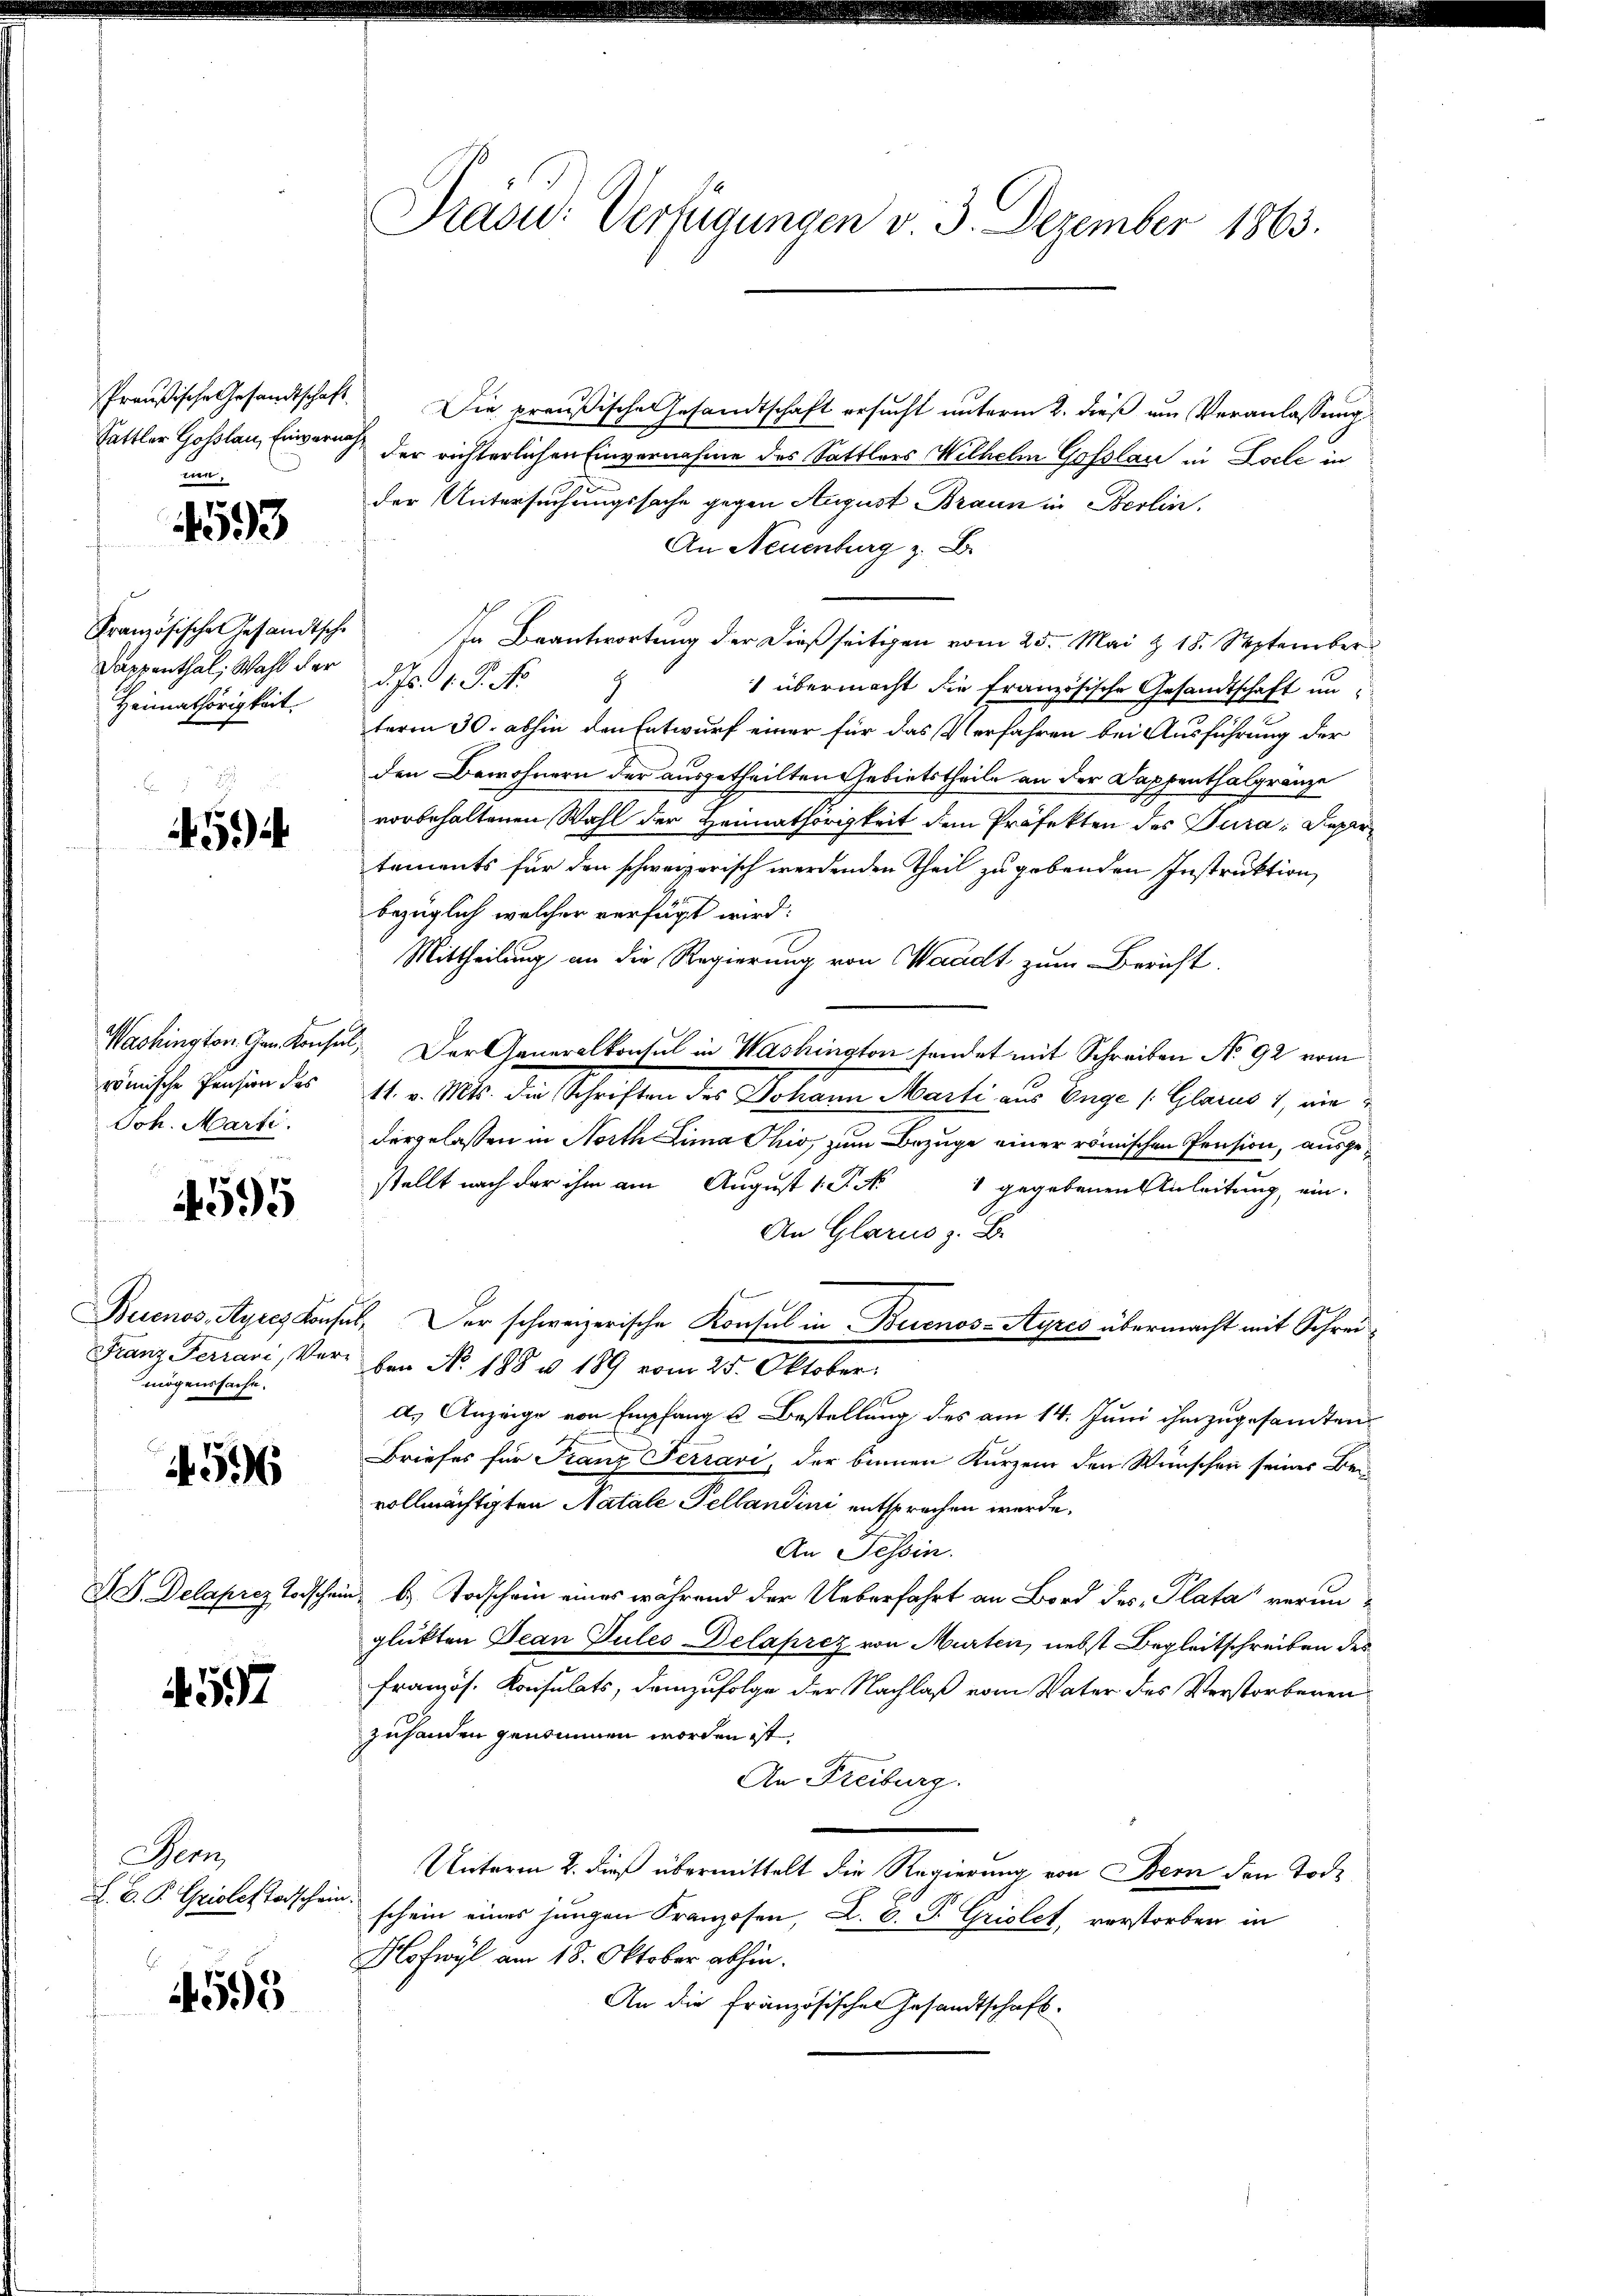
Preußische Gesandtschaft
Sattler Goslau, Einvernahe

593

Französische Gesandtsche
Darpenthal, Wahl der d. Js. 1. P. No
Heimathörigkeit.

594

römische Pension des
Joh. Marti

4595

mögenssache.

4596

557

Sem
F. B. P. Griolet Todschein.

E
4595

Brasi: Verfügungen v. 3. Dezember 1863.

Die preußische Gesandtschaft ersucht unterm 2. dieß um Veranlassung
der richterlichen Einvernahme des Sattlers Wilhelm Gofslau in Docle in
der Untersuchungssache gegen August Braun in Berlin.
An Neuenburg z. B.
In Beantwortung der dießseitigen vom 25. Mai & 18. September
1 übermacht die französische Gesandtschaft un
term 30. abhin den Entwurf einer für das Verfahren bei Ausführung der
den Bewohnern der ausgetheilten Gebietstheile an der Dappenthalgränze
vorbehaltenen Wahl der Heimathörigkeit dem Präfekten des Jura, Depar
tements für den schweizerisch werdenden Theil zu gebenden Instruktion
bezüglich welcher verfügt wird.
Mittheilung an die Regierung von Waadt zum Bericht.
Washington Gen. Konsul, Der Generalkonsul in Washington sondet mit Schreiben No 92 vom
11. v. Mts. die Schriften des Johann Marti aus Enge /: Glarus 1, nie
dergelassen in North Lima Ohio, zum Bezuge einer römischen Pension, ausgestellt nach der ihm am August 1 P. Nr. 1 gegebenen Anleitung, ein-
An Glarus z. B.
Beienos-Ayres Konsul, Der schweizerische Konsul in Buenos-Ayres übermacht mit Schrei¬
Franz Ferrari, Ver- den No. 188 u. 189 vom 25. Oktober.
d. Anzeige von Empfang u. Bestellung des am 14. Juni ihm zugesandten
Briefes für Franz Ferrari, der binnen Kurzem den Wünschen seiner Bei-
vollmächtigten Natale Pellandini entsprechen werde.
An Tessin.
V S. Delaprez todschein, d. Todschein eines während der Ueberfahrt an Bord des Plata verunglükten Jean Pules Delaprez von Murten, nebst Begleitschreiben des
französ. Konsulats, demzufolge der Nachlaß vom Vater des Verstorbenen
zuhanden genommen worden ist.
An Freiburg.
Unterm 2. dieß übermittelt die Regierung von Bern den Tode
schein eines jungen Franzosen, L. V. P. Griolet, verstorben in
Hofwyl am 18. Oktober abhin.
An die Französischen Gesandtschaft